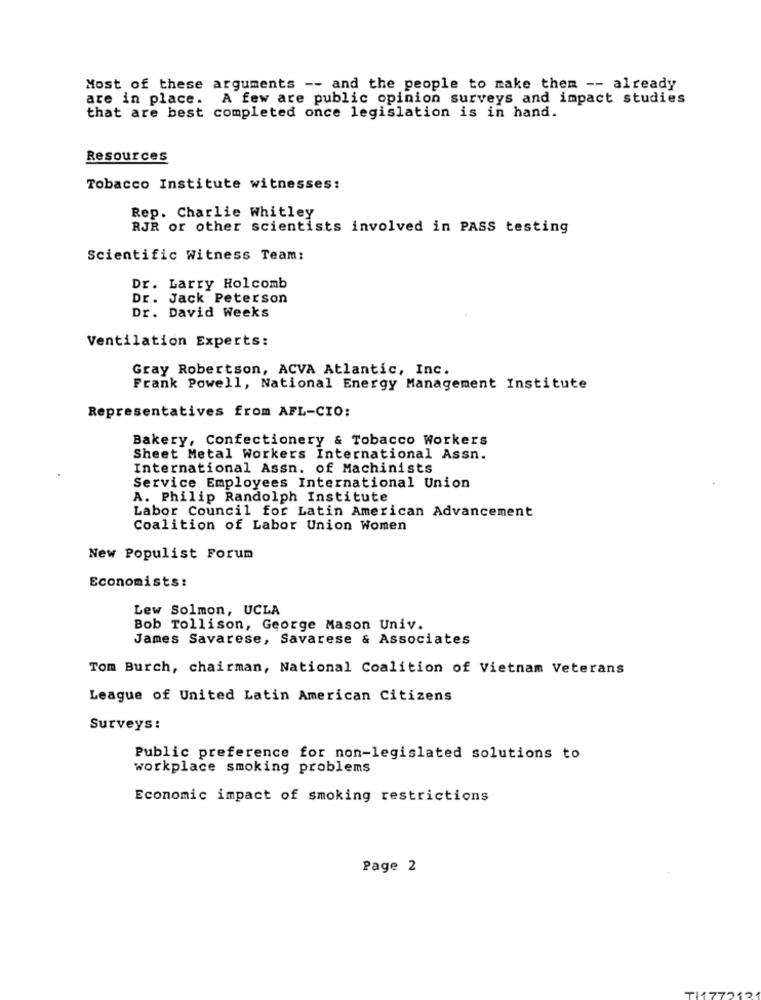
Most of these arguments -- and the people to make them -- already
are in place. A few are public opinion surveys and impact studies
that are best completed once legislation is in hand.
Resources
Tobacco Institute witnesses:
Rep. Charlie Whitley
RJR or other scientists involved in PASS testing
Scientific Witness Team:
Dr. Larry Holcomb
Dr. Jack Peterson
Dr. David Weeks
Ventilation Experts:
Gray Robertson, ACVA Atlantic, Inc.
Frank Powell, National Energy Management Institute
Representatives from AFL-CIO:
Bakery, Confectionery & Tobacco Workers
Sheet Metal Workers International Assn.
International Assn. of Machinists
Service Employees International Union
A. Philip Randolph Institute
Labor Council for Latin American Advancement
Coalition of Labor Union Women
New Populist Forum
Economists:
Lew Solmon, UCLA
Bob Tollison, George Mason Univ.
James Savarese, Savarese & Associates
Tom Burch, chairman, National Coalition of Vietnam Veterans
League of United Latin American Citizens
Surveys :
Public preference for non-legislated solutions to
workplace smoking problems
Economic impact of smoking restrictions
Page 2